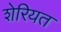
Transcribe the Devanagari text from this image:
शेरियत